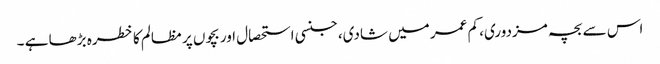
اس سے بچہ مزدوری، کم عمر میں شادی، جنسی استحصال اور بچوں پر مظالم کا خطرہ بڑھا ہے ۔